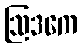
ဩဒကေ